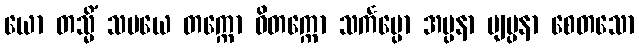
ယော တသ္မိံ သမယေ တက္ကော ဝိတက္ကော သင်္ကပ္ပော အပ္ပနာ ဗျပ္ပနာ စေတသော